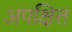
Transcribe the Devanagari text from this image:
अपक्षित